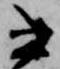
書